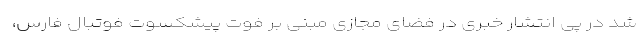
شد در پی انتشار خبری در فضای مجازی مبنی بر فوت پیشکسوت فوتبال فارس،